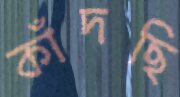
কাঁদছি